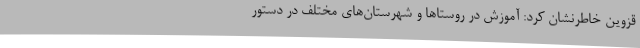
قزوین خاطرنشان کرد: آموزش در روستاها و شهرستان‌های مختلف در دستور